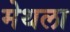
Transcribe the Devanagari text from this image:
मेथला